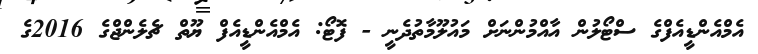
އެމްއެންޑީއެފްގެ ސްޓޯލުން އާއްމުންނަށް މައުލޫމާތުދެނީ - ފޮޓޯ: އެމްއެންޑީއެފް ޔޫތް ޗެލެންޖްގެ 2016ގެ